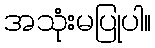
အသုံးမပြုပါ။